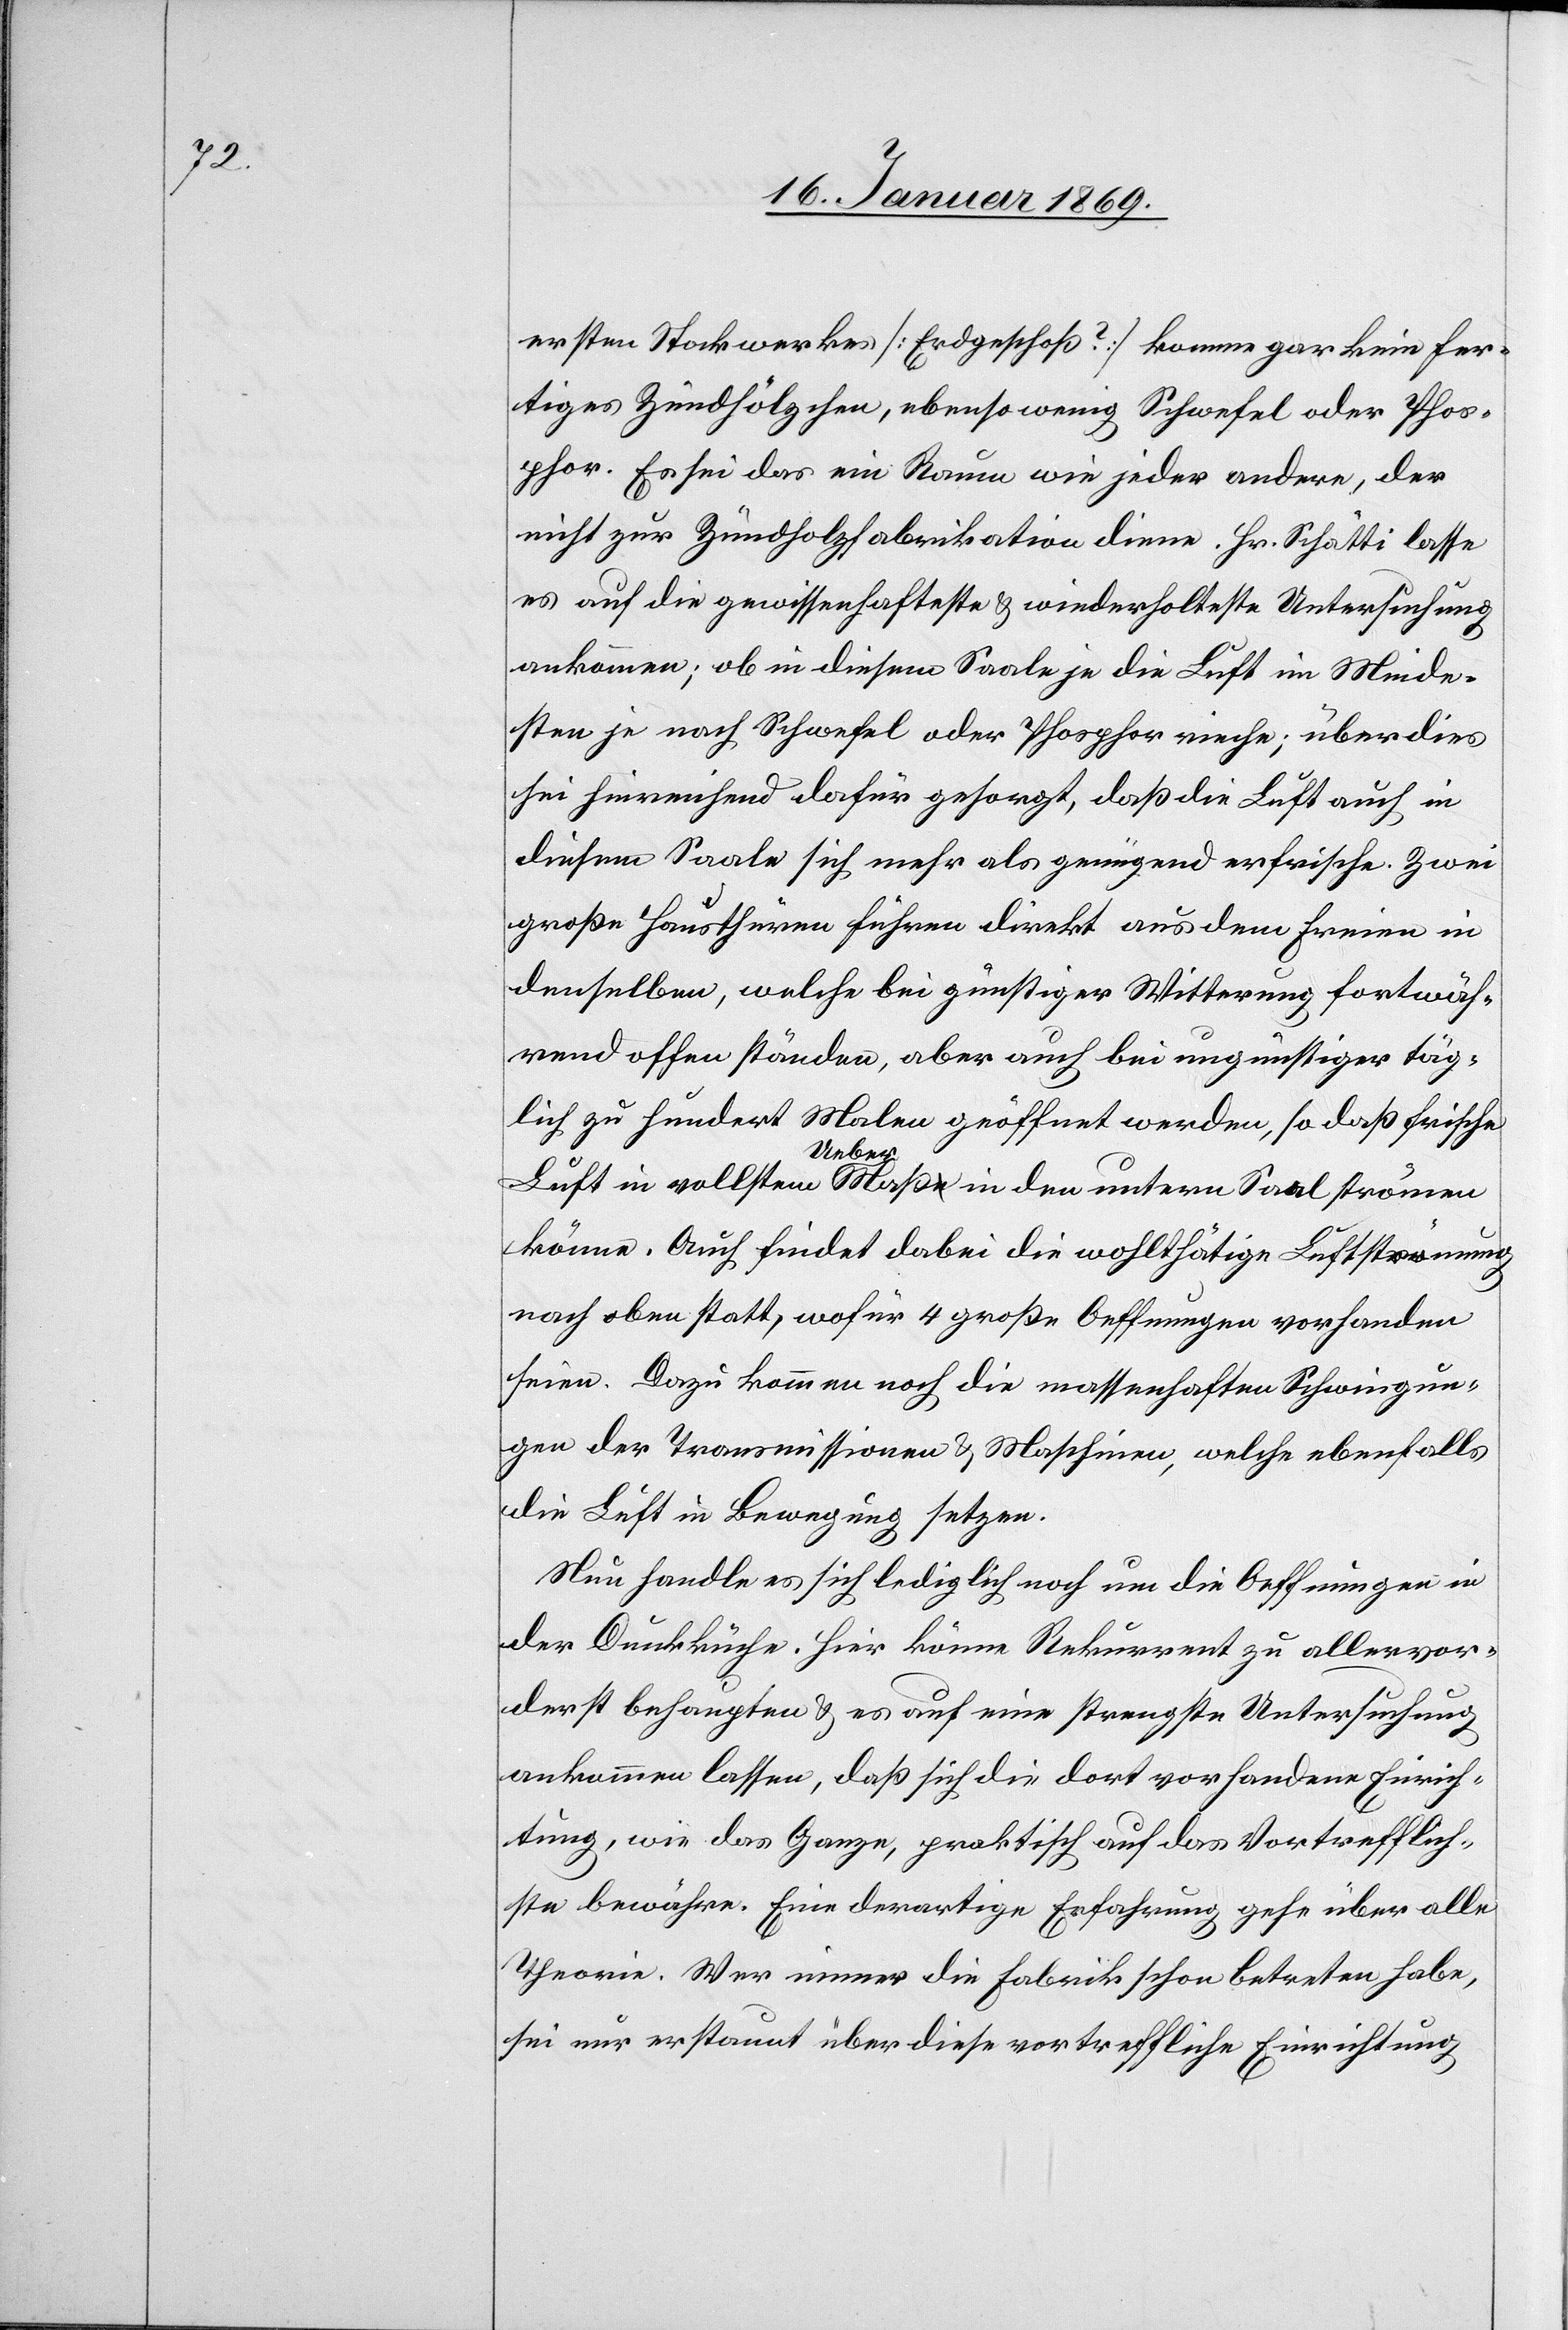
ersten Stockwerkes [Erdgeschoß?] komme gar kein fer¬
tiges Zündhölzchen, ebensowenig Schwefel oder Phos¬
phor. Es sei das ein Raum wie jeder andere, der
nicht zur Zündholzfabrikation diene. Hr. Schätti lasse
es auf die gewissenhafte u. wiederholteste Untersuchung
ankommen; ob in diesem Saale je die Luft im Minde¬
sten je nach Schwefel oder Phosphor rieche; überdies
sei hinreichend dafür gesorgt, daß die Luft auch in
diesem Saale sich mehr als genügend erfrische. Zwei
große Hausthüren führen direkt aus dem Freien in
denselben, welche bei günstiger Witterung fortwäh¬
rend offen ständen, aber auch bei ungünstiger täg¬
lich zu hundert Malen geöffnet werden, so daß frische
Luft in vollstem a-Ueber-aMaß in den untern Saal strömen
könne. Auch findet dabei die wohlthätige Luftströmung
nach oben statt, wofür 4 große Oeffnungen vorhanden
seien. Dazu kommen noch die massenhaften Schwingun¬
gen der Transmissionen u. Maschinen, welche ebenfalls
die Luft in Bewegung setzen.
Nun handle es sich lediglich noch um die Oeffnungen in
der Dunkküche. Hier könne Rekurrent zu allervor¬
derst behaupten u. es auf eine strengste Untersuchung
ankommen lassen, daß sich die dort vorhandene Einrich¬
tung, wie das Ganze, praktisch auf das vortrefflich¬
ste bewähre. Eine derartige Erfahrung gehe über alle
Theorie. Wer immer die Fabrik schon betreten habe,
sei nur erstaunt über diese vortreffliche Einrichtung